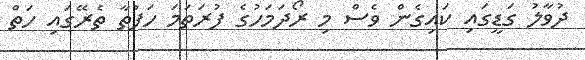
ދުވާލު ގަޑީގައި ކައިގެން ވެސް މި ރޯދަމަހުގެ ފުރަތަމަ ހަފުތާ ތެރޭގައި ހަތް